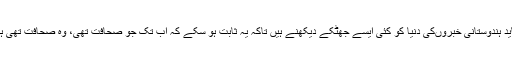
ابھی شاید ہندوستانی خبروںکی دنیا کو کئی ایسے جھٹکے دیکھنے ہیں تاکہ یہ ثابت ہو سکے کہ اب تک جو صحافت تھی، وہ صحافت تھی ہی نہیں۔